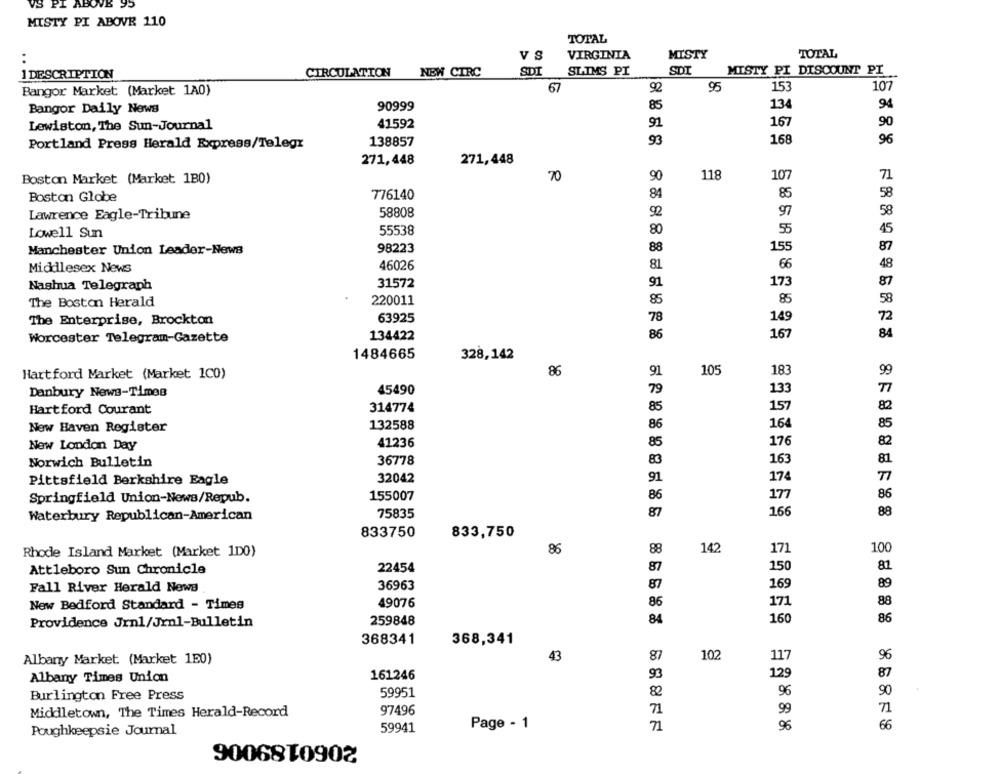
95
MISTY PI ABOVE 110
TOTAL
MISTY
TOTAL
VS
VIRGINIA
SLIMS PI
SDI
MISTY PI DISCOUNT PI
1 DESCRIPTION
CIRCULATION NEW CIRC
SDI
107
Bangor Market (Market 1A0)
67
92
95
153
90999
85
134
94
Bangor Daily News
91
167
90
Lewiston, The Sun-Journal
41592
96
Portland Press Herald Express/Telegr
138857
93
168
271,448
271, 448
70
90
118
107
71
Boston Market (Market 1B0)
85
Boston Globe
776140
84
58
Lawrence Eagle-Tribune
58808
92
97
58
55538
80
55
45
Lowell Sun
98223
88
155
87
Manchester Union Leader-News
Middlesex News
46026
81
66
48
Nashua Telegraph
31572
91
173
87
The Boston Herald
220011
85
85
58
78
72
The Enterprise, Brockton
63925
149
Worcester Telegram-Gazette
134422
86
167
84
1484665
328,142
86
91
105
183
99
Hartford Market (Market 100)
Danbury News-Times
45490
79
133
77
Hartford Courant
314774
85
157
82
132588
86
164
85
New Haven Register
176
New London Day
41236
85
82
Norwich Bulletin
36778
83
163
81
32042
91
174
77
Pittsfield Berkshire Eagle
86
177
86
Springfield Union-News/Repub.
155007
88
Waterbury Republican-American
75835
87
166
833750
833,750
86
88
142
171
100
Rhode Island Market (Market 1DO)
87
Attleboro Sun Chronicle
22454
150
81
Fall River Herald News
36963
87
169
89
49076
86
171
88
New Bedford Standard - Times
84
160
86
Providence Jrnl/Jrnl-Bulletin
259848
368341
368,341
43
87
102
117
96
Albany Market (Market 150)
129
87
Albany Times Union
161246
93
Burlington Free Press
59951
82
96
90
Middletown, The Times Herald-Record
97496
71
99
71
Page - 1
71
96
66
Poughkeepsie Journal
59941
9006810902